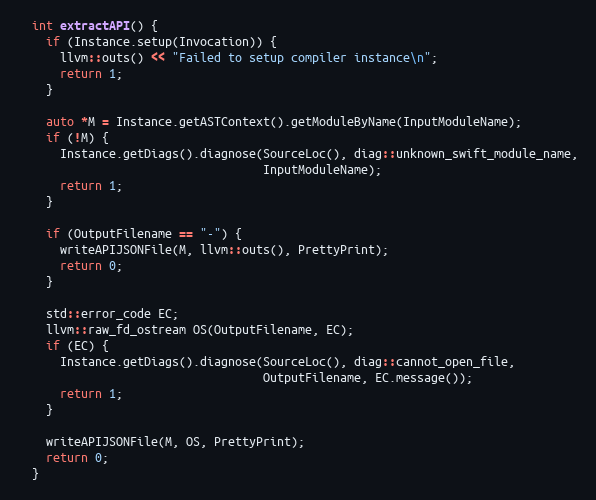
Language: C++
  int extractAPI() {
    if (Instance.setup(Invocation)) {
      llvm::outs() << "Failed to setup compiler instance\n";
      return 1;
    }

    auto *M = Instance.getASTContext().getModuleByName(InputModuleName);
    if (!M) {
      Instance.getDiags().diagnose(SourceLoc(), diag::unknown_swift_module_name,
                                   InputModuleName);
      return 1;
    }

    if (OutputFilename == "-") {
      writeAPIJSONFile(M, llvm::outs(), PrettyPrint);
      return 0;
    }

    std::error_code EC;
    llvm::raw_fd_ostream OS(OutputFilename, EC);
    if (EC) {
      Instance.getDiags().diagnose(SourceLoc(), diag::cannot_open_file,
                                   OutputFilename, EC.message());
      return 1;
    }

    writeAPIJSONFile(M, OS, PrettyPrint);
    return 0;
  }